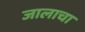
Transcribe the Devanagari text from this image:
जालाचा